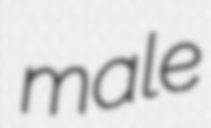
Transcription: male